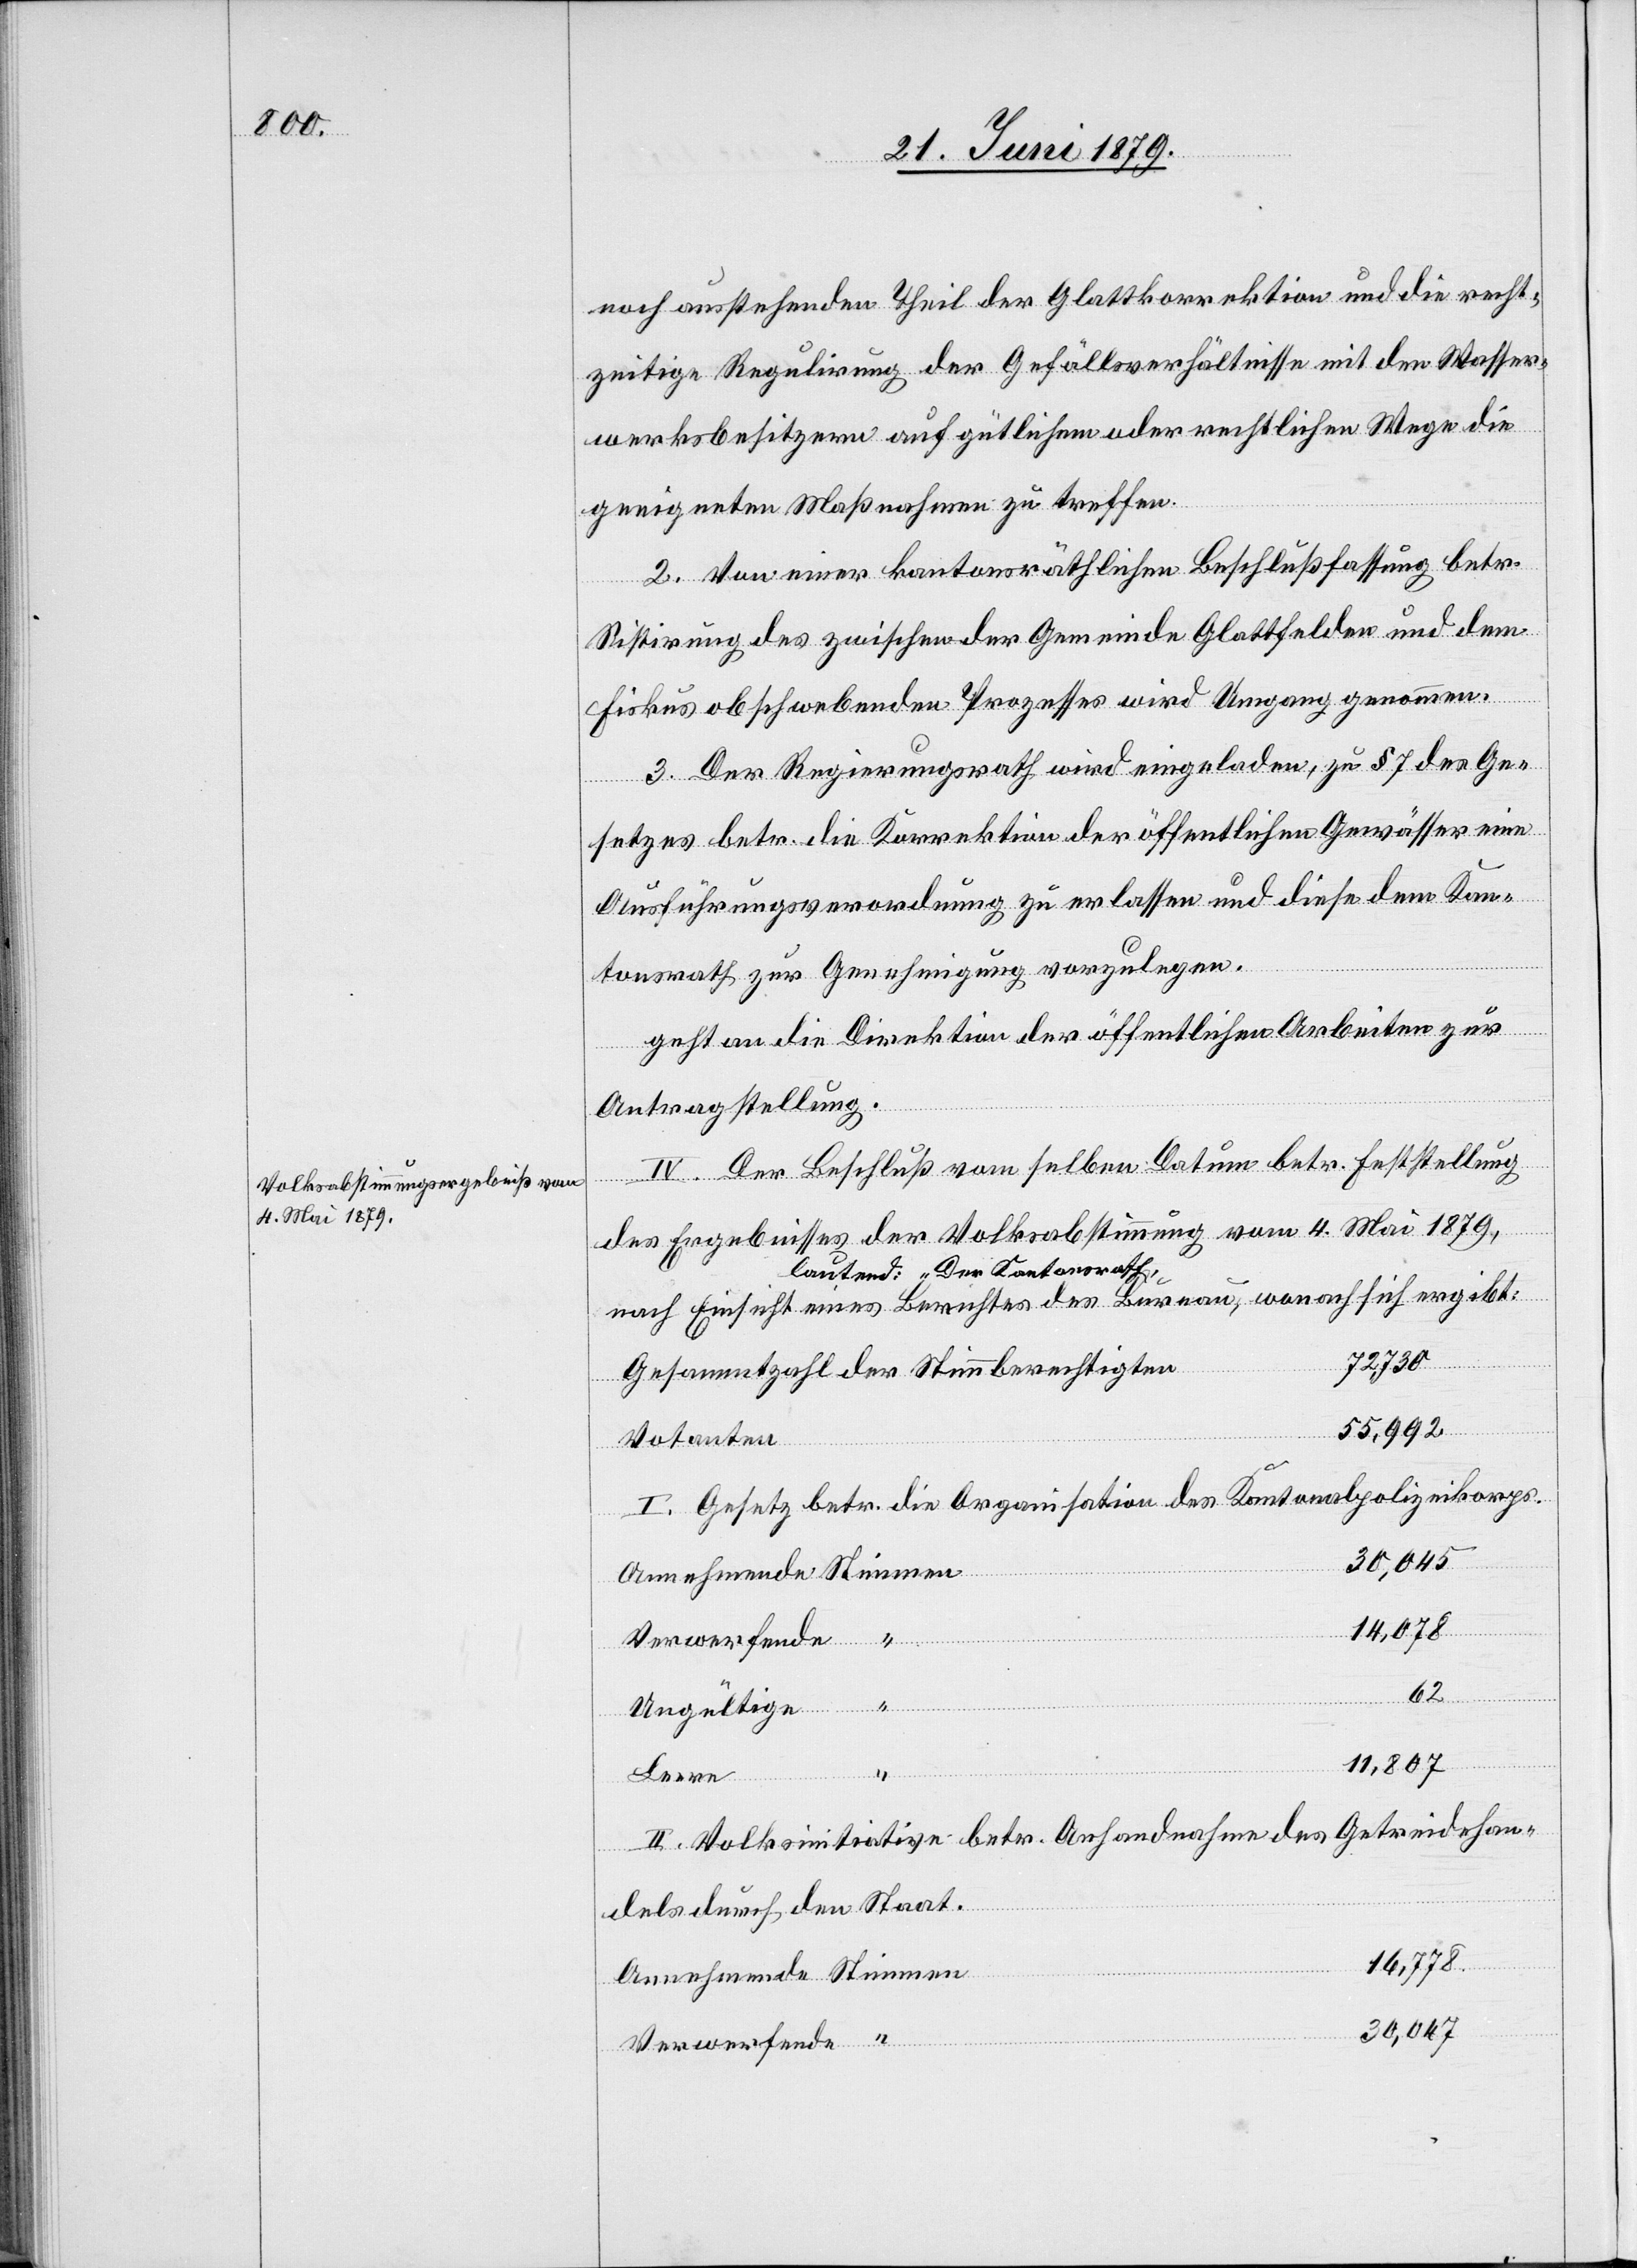
noch ausstehenden Theil der Glattkorrektion und die recht¬
zeitige Regulirung der Gefällsverhältnisse mit den Wasser¬
werksbesitzern auf gütlichem oder rechtlichen [sic!] Wege die
geeigneten Maßnahmen zu treffen.
2. Von einer kantonsräthlichen Beschlußfassung betr.
Sistirung des zwischen der Gemeinde Glattfelden und dem
Fiskus obschwebenden Prozesses wird Umgang genommen.
3. Der Regierungsrath wird eingeladen, zu § 7 des Ge¬
setzes betr. die Korrektion der öffentlichen Gewässer eine
Ausführungsverordnung zu erlassen und diese dem Kan¬
tonsrath zur Genehmigung vorzulegen.
geht an die Direktion der öffentlichen Arbeiten zur
Antragstellung.
IV. Der Beschluß vom selben Datum betr. Feststellung
des Ergebnisses der Volksabstimmung vom 4. Mai 1879,
a-lautend: „Der Kantonsrath,-a
nach Einsicht eines Berichtes des Bureau, wonach sich ergibt:
72 730
Gesammtzahl der Stimmberechtigten
55,992
Votanten
I. Gesetz betr. die Organisation des Kantonalpolizeikorps
30,045
Annehmende Stimmen
14,078
62
Leere
“
Ungültige “
11,807
II. Volksinitiative betr. Anhandnahme des Getreidehan¬
dels durch den Staat
16,778
30,047
Verwerfende “